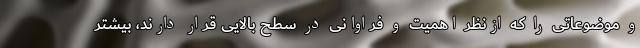
و موضوعاتی را که ازنظر اهمیت و فراوانی در سطح بالایی قرار دارند، بیشتر